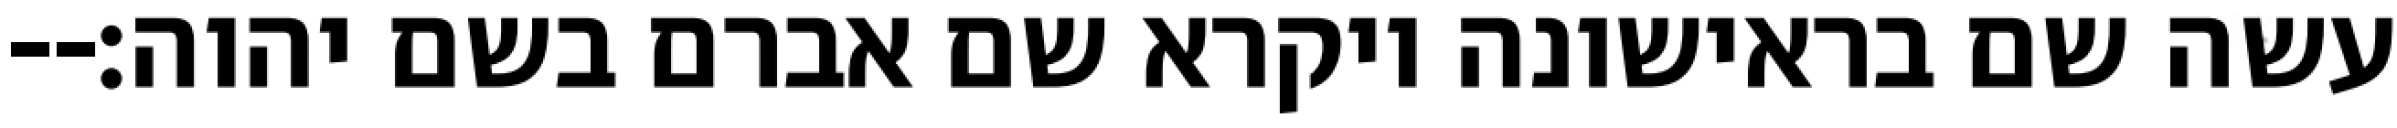
עשה שם בראישונה ויקרא שם אברם בשם יהוה׃--